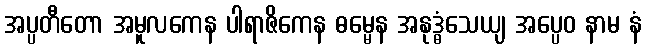
အပ္ပတီတော အမူလကေန ပါရာဇိကေန ဓမ္မေန အနုဒ္ဓံသေယျ အပ္ပေဝ နာမ နံ